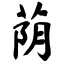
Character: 荫